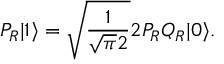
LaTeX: P _ { R } | 1 \rangle = \sqrt { \frac { 1 } { \sqrt { \pi } 2 } } 2 P _ { R } Q _ { R } | 0 \rangle .